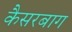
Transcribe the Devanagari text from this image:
कैसरबाग